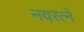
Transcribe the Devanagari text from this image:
नवरत्नें